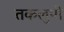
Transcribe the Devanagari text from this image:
तकलुपी